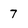
Character: 7